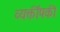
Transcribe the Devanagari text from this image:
व्यक्तींपकी